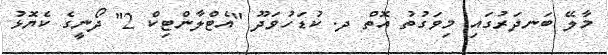
މާލޭ ބަނދަރުގައި މިވަގުތު އޮތް ދ. ކުޑަހުވަދޫ "އެޓްލާންޓިކް 2" ދޯނީގެ ކެޔޮޅު